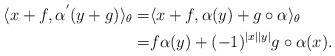
LaTeX: \begin{align*}\langle x+f, \alpha^{'}(y+g) \rangle_{\theta}=&\langle x+f, \alpha(y)+g\circ\alpha \rangle_{\theta}\\ =&f\alpha(y)+(-1)^{|x||y|}g\circ\alpha(x).\end{align*}